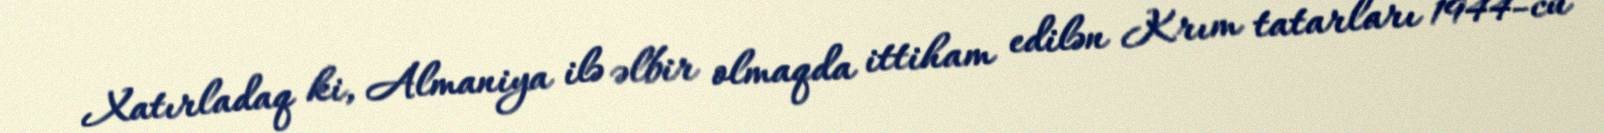
Xatırladaq ki, Almaniya ilə əlbir olmaqda ittiham edilən Krım tatarları 1944-cü